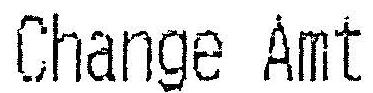
CHANGE AMT